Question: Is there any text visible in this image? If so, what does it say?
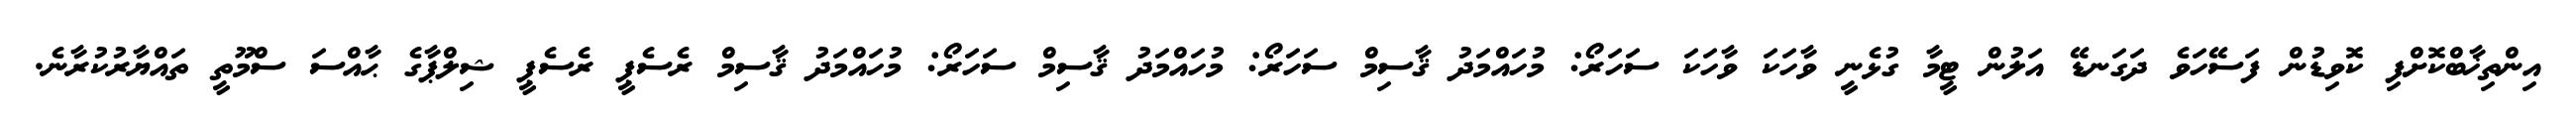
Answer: އިންތިޚާބްކޮށްފި ކޮވިޑުން ފަސޭހަވެ ދަގަނޑޭ އަލުން ޓީމާ ގުޅެނީ ވާހަކަ ވާހަކަ ސަހަރޯ: މުހައްމަދު ޤާސިމް ސަހަރޯ: މުހައްމަދު ޤާސިމް ސަހަރޯ: މުހައްމަދު ޤާސިމް ރެސެޕީ ރެސެޕީ ޝިލްޕާގެ ޙާއްސަ ސްމޫތީ ތައްޔާރުކުރާނެ.